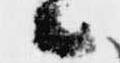
候